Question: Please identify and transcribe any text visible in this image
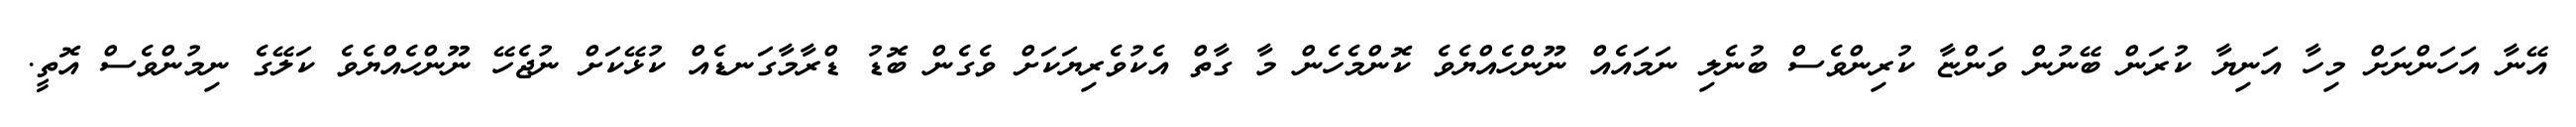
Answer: އޭނާ އަހަންނަށް މިހާ އަނިޔާ ކުރަން ބޭނުން ވަންޏާ ކުރިންވެސް ބުނެލި ނަމައެއް ނޫންހެއްޔެވެ ކޮންމެހެން މާ ގާތް އެކުވެރިޔަކަށް ވެގެން ބޮޑު ޑްރާމާގަނޑެއް ކުޅޭކަށް ނުޖެހޭ ނޫންހެއްޔެވެ ކަލޭގެ ނިމުންވެސް އޮތީ.